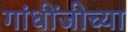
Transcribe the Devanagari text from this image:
गांधींजीच्या